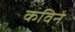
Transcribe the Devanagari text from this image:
कविने